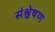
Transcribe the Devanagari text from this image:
संश्वेषण